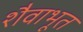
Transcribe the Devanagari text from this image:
शैवाभूत